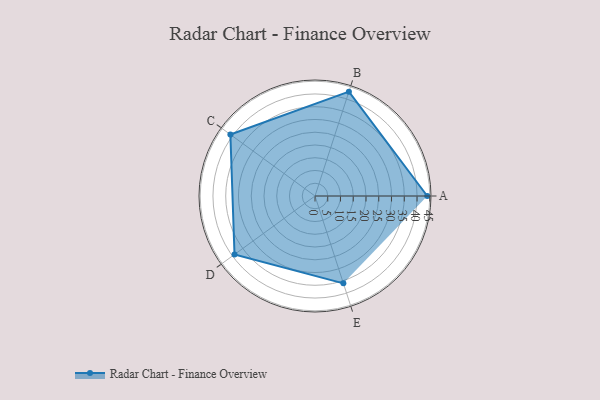
{"axis": {"x": "Skill", "y": "Score"}, "legend": ["Profile"], "data": [{"x": "A", "y": 44.0, "type": "Profile"}, {"x": "B", "y": 43.0, "type": "Profile"}, {"x": "C", "y": 41.0, "type": "Profile"}, {"x": "D", "y": 39.0, "type": "Profile"}, {"x": "E", "y": 36.0, "type": "Profile"}]}